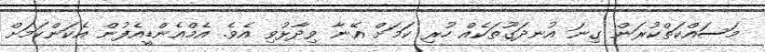
މަސައްކަތްކުރަން ގިނަ އުނދަގޫތަކެއް ހުރި ކަމަށް އޭނާ ވިދާޅުވި އެވެ. އެމްއެންޑީއެފުން އެކަންކަމަށް